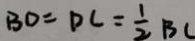
B D = D C = \frac { 1 } { 2 } B C